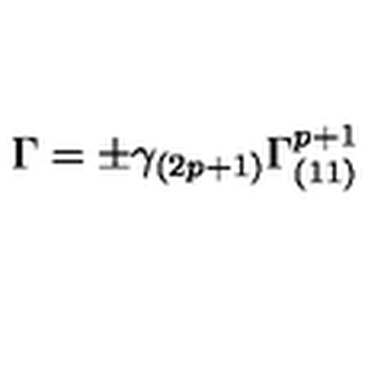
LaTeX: \Gamma = \pm \gamma _ { ( 2 p + 1 ) } \Gamma _ { ( 1 1 ) } ^ { p + 1 }